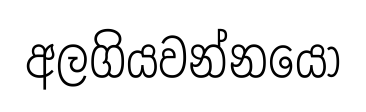
අලගියවන්නයෝ